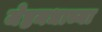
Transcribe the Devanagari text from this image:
जेष्ठमधाच्या